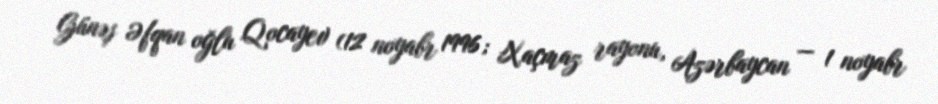
Günəş Əfqan oğlu Qocayev (12 noyabr 1996; Xaçmaz rayonu, Azərbaycan — 1 noyabr